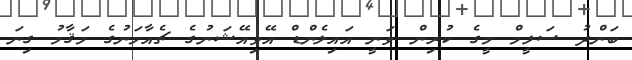
ބަންދު ސަލީމް މީގެ ކުރިން ވަނީ އައިލެންޑް އޭވިއޭޝަނުގެ ޗެއާމަނުގެ މަޤާމު ގިނަ